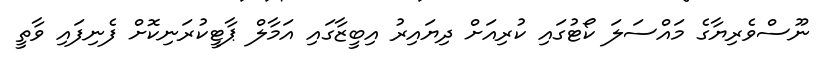
ނޫސްވެރިޔާގެ މައްސަލަ ކޯޓުގައި ކުރިއަށް ދިޔައިރު އިބީޒާގައި އަމާލް ޕާޓީކުރަނިކޮށް ފެނިފައި ވާތީ